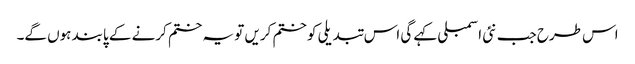
اس طرح جب نئی اسمبلی کہے گی اس تبدیلی کو ختم کریں تو یہ ختم کرنے کے پابند ہوں گے۔